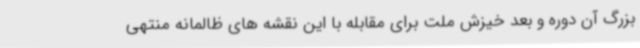
بزرگ آن دوره و بعد خیزش ملت برای مقابله با این نقشه های ظالمانه منتهی